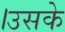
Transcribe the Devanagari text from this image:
।उसके